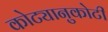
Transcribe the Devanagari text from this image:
कोट्यानुकोटी